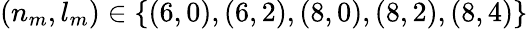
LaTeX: (n_{m},l_{m})\in\{ (6,0),(6,2),(8,0),(8,2),(8,4)\}